Annual report of the Camel Specialist
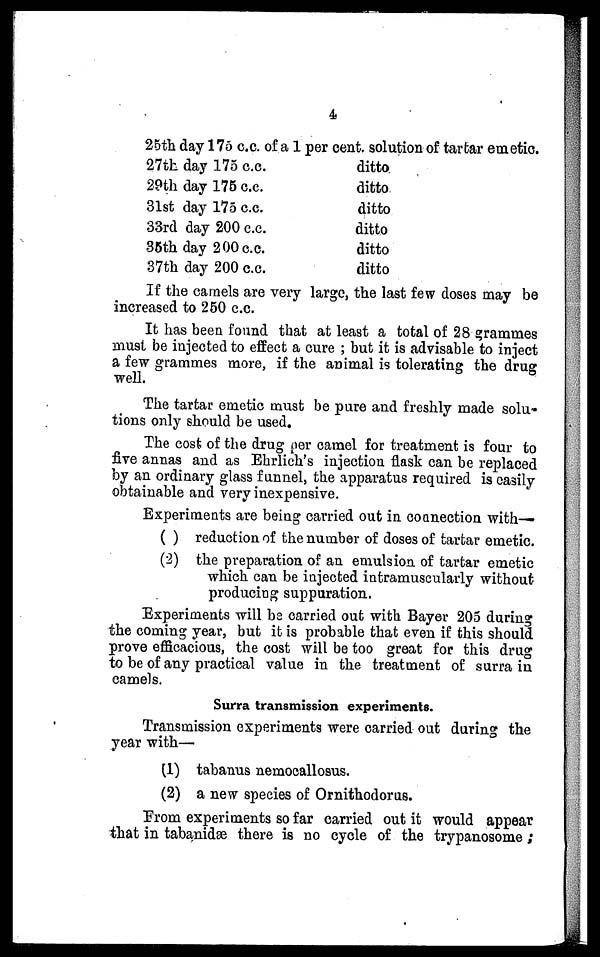
4
25th day 175 c.c. of a 1 per cent. solution of tartar emetic.
27th day 175 c.c.
29th day 175 c.c.
31st day 175 c.c.
33rd day 200 c.c.
35th day 200 c.c.
37th day 200 c.c.
ditto
ditto
ditto
ditto
ditto
ditto
If the camels are very large, the last few doses may be
increased to 250 c.c.
It has been found that at least a total of 28 grammes
must be injected to effect a cure ; but it is advisable to inject
a few grammes more, if the animal is tolerating the drug
well.
The tartar emetic must be pure and freshly made solu-
tions only should be used.
The cost of the drug per camel for treatment is four to
five annas and as Ehrlich's injection flask can be replaced
by an ordinary glass funnel, the apparatus required is easily
obtainable and very inexpensive.
Experiments are being carried out in connection with—
(1) reduction of the number of doses of tartar emetic.
(2) the preparation of an emulsion of tartar emetic
which can be injected intramuscularly without
producing suppuration.
Experiments will be carried out with Bayer 205 during
the coming year, but it is probable that even if this should
prove efficacious, the cost will be too great for this drug
to be of any practical value in the treatment of surra in
camels.
Surra transmission experiments.
Transmission experiments were carried out during the
year with—
(1) tabanus nemocallosus.
(2) a new species of Ornithodorus.
From experiments so far carried out it would appear
that in tabanidæ there is no cycle of the trypanosome;